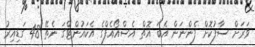
ވަރަށް ސާފުކޮށް ފެންނަން އެބަ އޮތް އެސްއޯއެފްގެ އެކައުންޓްގަ ނެތޭ 48 ގަޑިއިރު